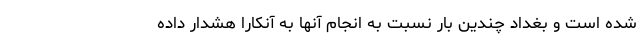
شده است و بغداد چندین بار نسبت به انجام آنها به آنکارا هشدار داده